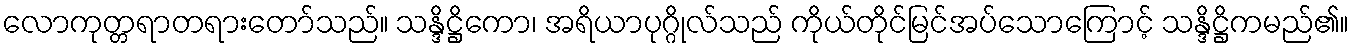
လောကုတ္တရာတရားတော်သည်။ သန္ဒိဋ္ဌိကော၊ အရိယာပုဂ္ဂိုလ်သည် ကိုယ်တိုင်မြင်အပ်သောကြောင့် သန္ဒိဋ္ဌိကမည်၏။